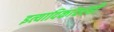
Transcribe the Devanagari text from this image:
इत्यादिकांवरही